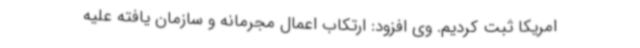
امریکا ثبت کردیم. وی افزود: ارتکاب اعمال مجرمانه و سازمان یافته علیه